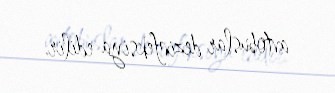
avtobuslar dezinfeksiya edilir.